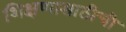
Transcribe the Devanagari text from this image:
शिक्षणासाठीची